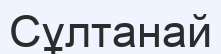
Сұлтанай